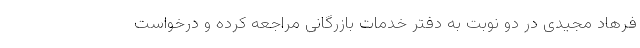
فرهاد مجیدی در دو نوبت به دفتر خدمات بازرگانی مراجعه کرده و درخواست